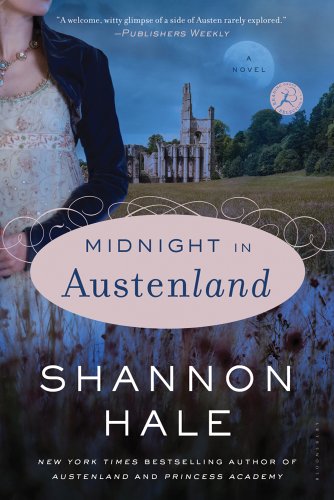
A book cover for Midnight in Austenland; Shannon Hale; Literature & Fiction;